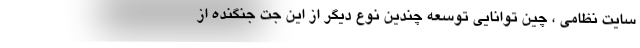
سایت نظامی ، چین توانایی توسعه چندین نوع دیگر از این جت جنگنده از